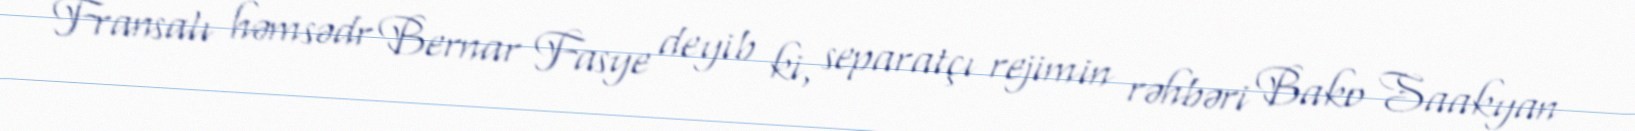
Fransalı həmsədr Bernar Fasye deyib ki, separatçı rejimin rəhbəri Bako Saakyan